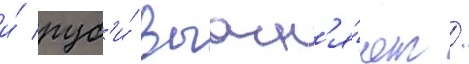
и́ руб'и́ выасн'я́ют /